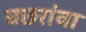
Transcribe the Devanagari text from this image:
बछरांवा